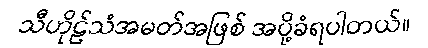
သီဟိုဠ်သံအမတ်အဖြစ် အပို့ခံရပါတယ်။